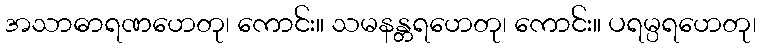
အသာဓာရဏဟေတု၊ ကောင်း။ သမနန္တရဟေတု၊ ကောင်း။ ပရမ္ပရဟေတု၊